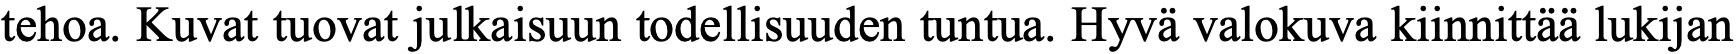
tehoa. Kuvat tuovat julkaisuun todellisuuden tuntua. Hyvä valokuva kiinnittää lukijan